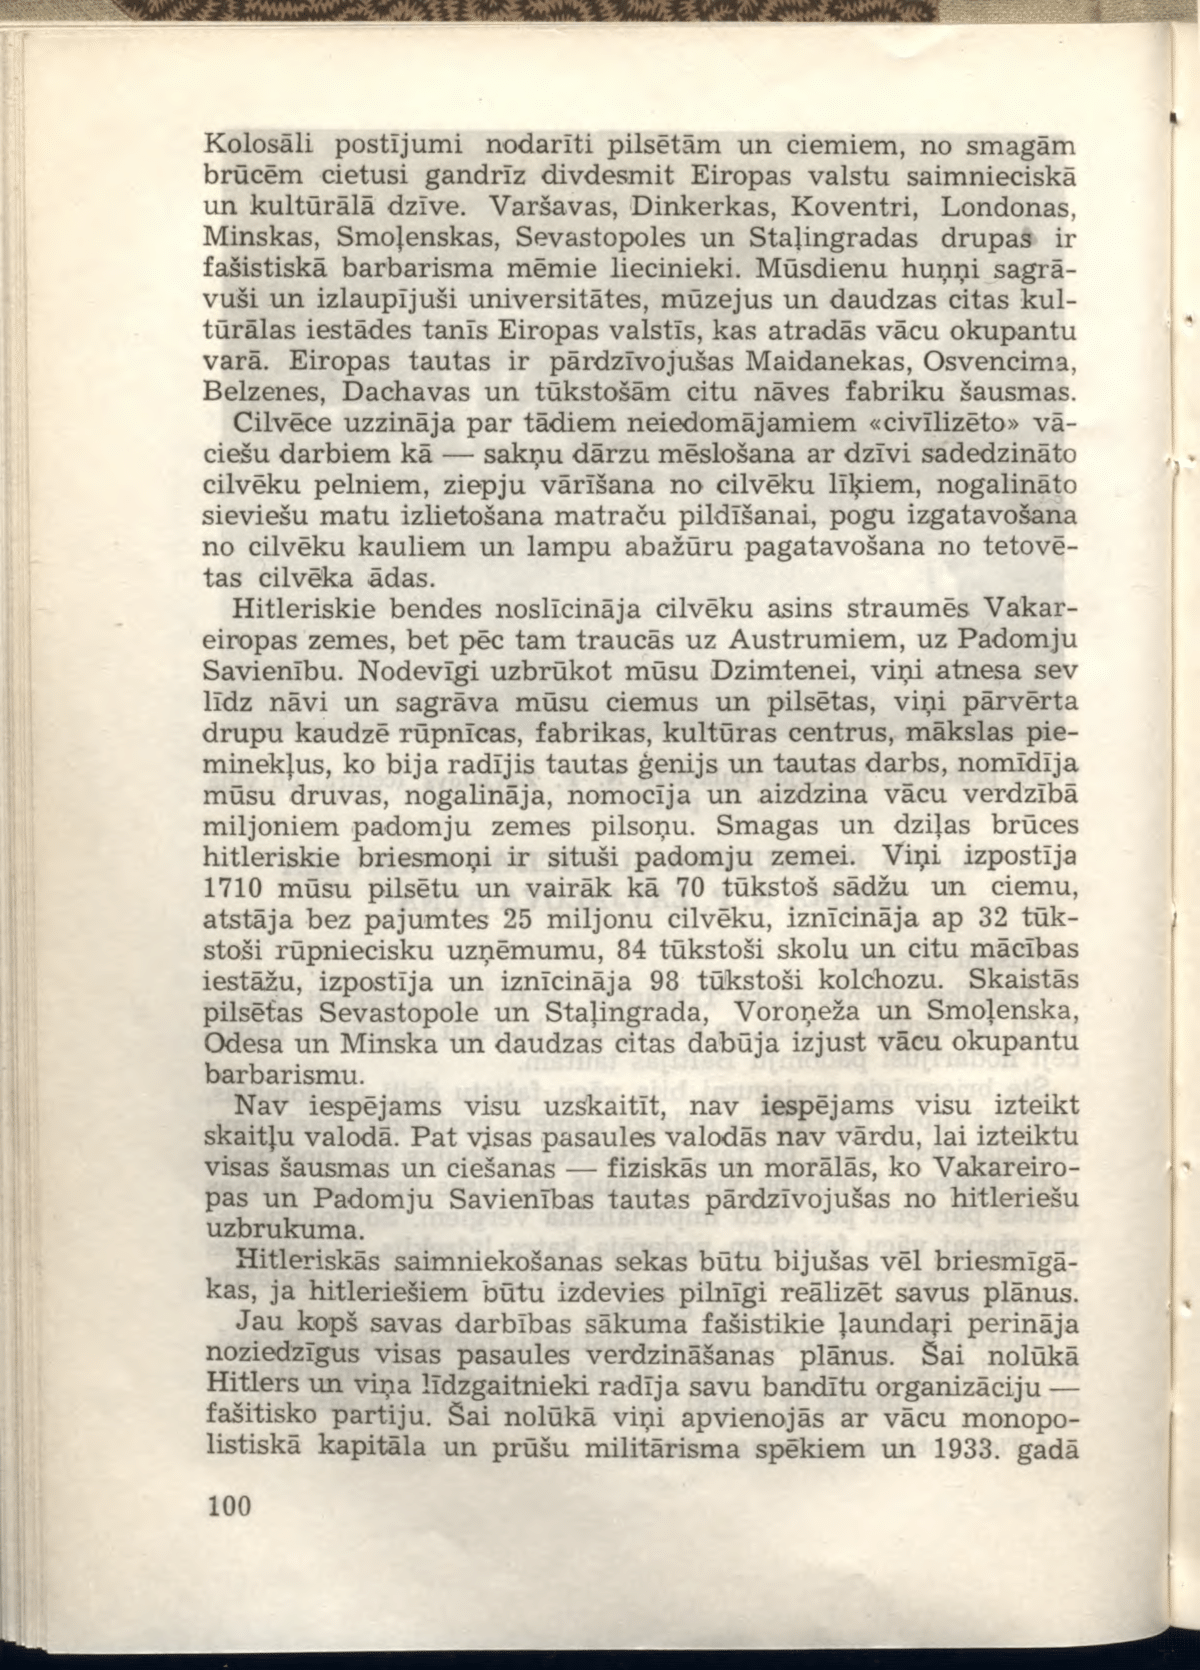
Language: lv